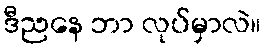
ဒီညနေ ဘာ လုပ်မှာလဲ။